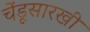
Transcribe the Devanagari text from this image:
चेंडूसारखी